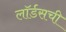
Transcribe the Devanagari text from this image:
लॉर्डसची